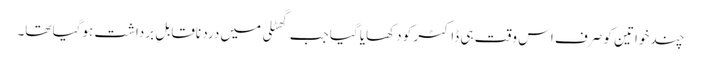
چند خواتین کو صرف اس وقت ہی ڈاکٹر کو دکھایا گیا جب گھٹلی میں درد ناقابلِ برداشت ہوگیا تھا۔